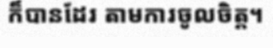
ក៏បានដែរ តាមការចូលចិត្ត។